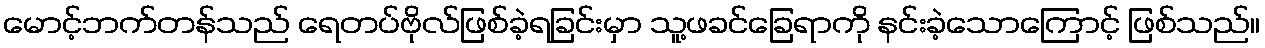
မောင့်ဘက်တန်သည် ရေတပ်ဗိုလ်ဖြစ်ခဲ့ရခြင်းမှာ သူ့ဖခင်ခြေရာကို နင်းခဲ့သောကြောင့် ဖြစ်သည်။